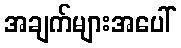
အချက်များအပေါ်